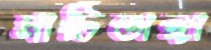
মাটিভাঙ্গা